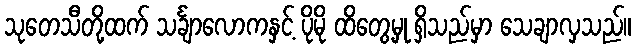
သုတေသီတို့ထက် သင်္ချာလောကနှင့် ပိုမို ထိတွေ့မှု ရှိသည်မှာ သေချာလှသည်။